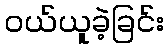
ဝယ်ယူခဲ့ခြင်း